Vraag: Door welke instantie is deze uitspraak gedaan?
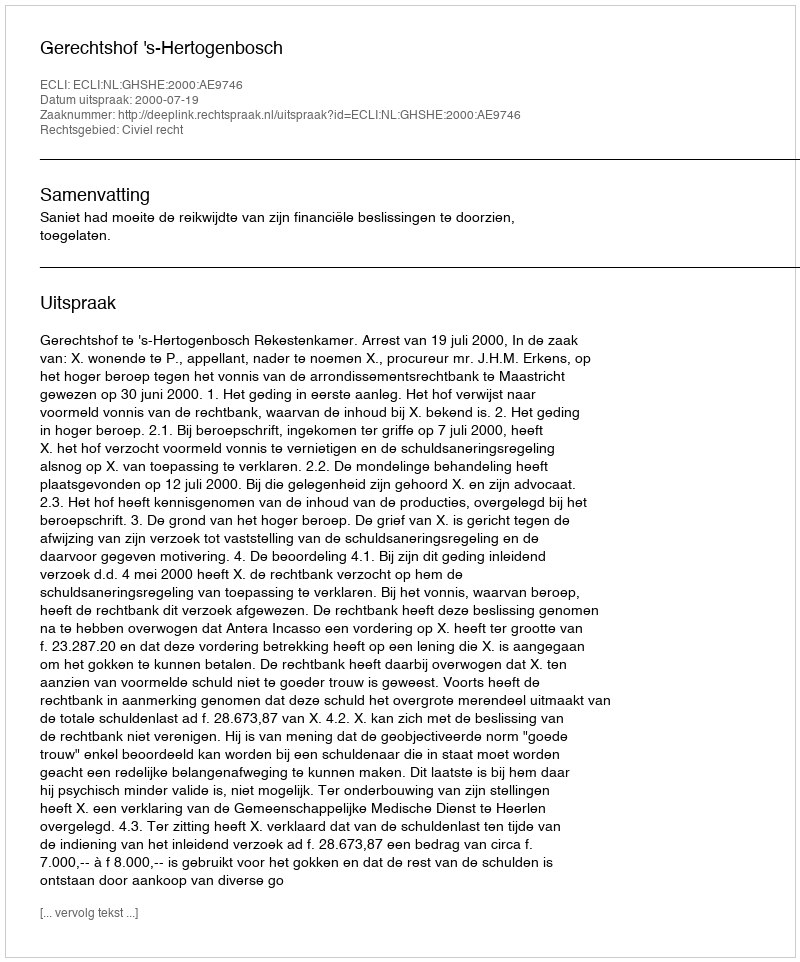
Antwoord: Gerechtshof 's-Hertogenbosch